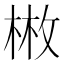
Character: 𢽳